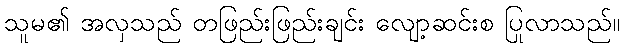
သူမ၏ အလှသည် တဖြည်းဖြည်းချင်း လျော့ဆင်းစ ပြုလာသည်။